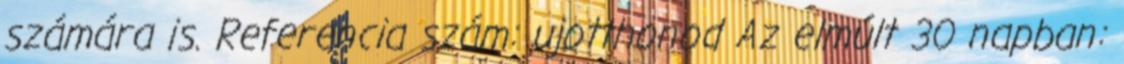
számára is. Referencia szám: ujotthonod Az elmúlt 30 napban: